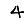
Digit: 4